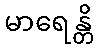
မာရေန္တိ